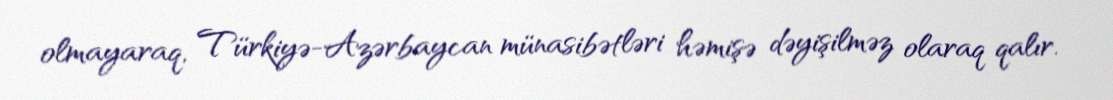
olmayaraq, Türkiyə-Azərbaycan münasibətləri həmişə dəyişilməz olaraq qalır.